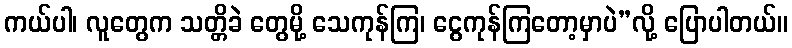
ကယ်ပါ၊ လူတွေက သတ္တိခဲ တွေမို့ သေကုန်ကြ၊ ငွေကုန်ကြတော့မှာပဲ”လို့ ပြောပါတယ်။